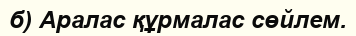
б) Аралас құрмалас сөйлем.